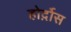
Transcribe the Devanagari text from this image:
होर्द़ोस